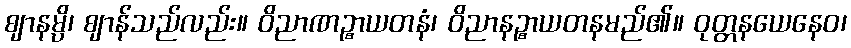
ဈာနမ္ပိ၊ ဈာန်သည်လည်း။ ဝိညာဏဉ္စာယတနံ၊ ဝိညာနဉ္စာယတနမည်၏။ ဝုတ္တနယေနေဝ၊